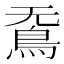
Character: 𮬫